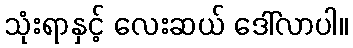
သုံးရာနှင့် လေးဆယ် ဒေါ်လာပါ။